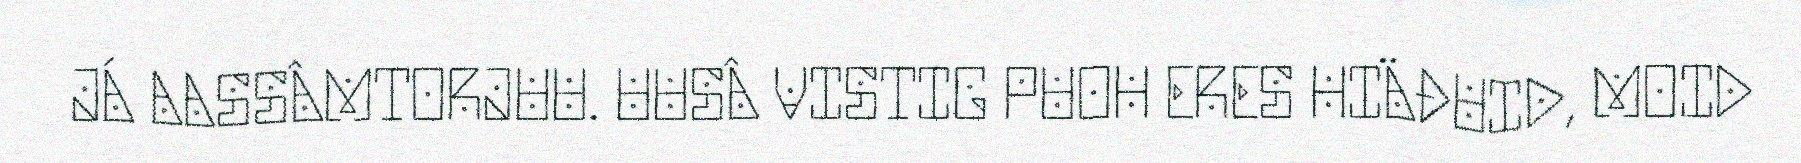
JÁ AASSÂMTORJUU. UUSÂ VISTIG PUOH ERES HIÄĐUID, MOID